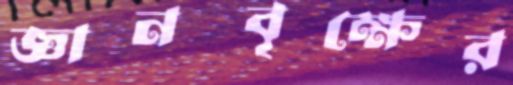
জ্ঞানবৃক্ষের